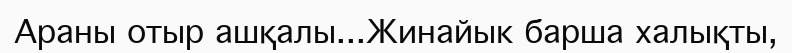
Араны отыр ашқалы...Жинайык барша халықты,